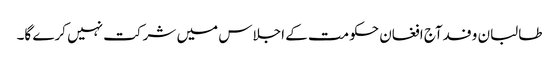
طالبان وفدآج افغان حکومت کے اجلاس میں شرکت نہیں کرے گا۔